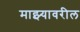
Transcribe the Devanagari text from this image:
माझ्यावरील